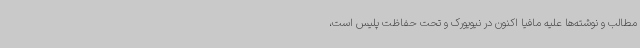
مطالب و نوشته‌ها علیه مافیا اکنون در نیویورک و تحت حفاظت پلیس است،